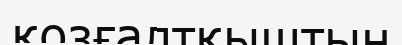
қозғалтқыштын